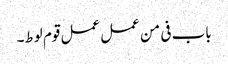
باب فی من عمل عمل قوم لوط۔